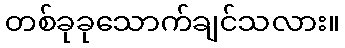
တစ်ခုခုသောက်ချင်သလား။